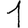
Digit: 1